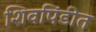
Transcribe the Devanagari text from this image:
शिवपिंडीत